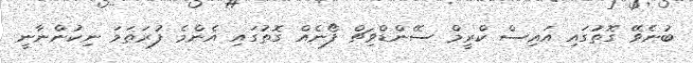
ބުނެވޭ ގޮތުގައި އައިސް ކްރީމް ސޭންޑްވިޗް ފޯނެއް ގޮތުގައި އެންމެ ފުރަތަމަ ނިކުންނާނީ